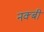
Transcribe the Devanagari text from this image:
नक्बी